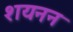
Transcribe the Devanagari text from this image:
शयनन